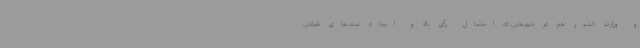
و وزارت کشور هم در شهرهایی که احتمال رأی بالا و ایجاد صف‌های طولانی